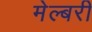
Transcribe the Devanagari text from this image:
मेल्बरी